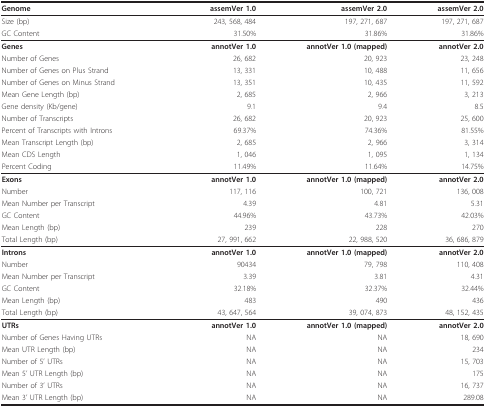
<table><thead><tr><td><b>Genome</b></td><td><b>assemVer 1.0</b></td><td><b>assemVer 2.0</b></td><td><b>assemVer 2.0</b></td></tr></thead><tbody><tr><td>Size (bp)</td><td>243, 568, 484</td><td>197, 271, 687</td><td>197, 271, 687</td></tr><tr><td>GC Content</td><td>31.50%</td><td>31.86%</td><td>31.86%</td></tr><tr><td><b>Genes</b></td><td><b>annotVer 1.0</b></td><td><b>annotVer 1.0 (mapped)</b></td><td><b>annotVer 2.0</b></td></tr><tr><td>Number of Genes</td><td>26, 682</td><td>20, 923</td><td>23, 248</td></tr><tr><td>Number of Genes on Plus Strand</td><td>13, 331</td><td>10, 488</td><td>11, 656</td></tr><tr><td>Number of Genes on Minus Strand</td><td>13, 351</td><td>10, 435</td><td>11, 592</td></tr><tr><td>Mean Gene Length (bp)</td><td>2, 685</td><td>2, 966</td><td>3, 213</td></tr><tr><td>Gene density (Kb/gene)</td><td>9.1</td><td>9.4</td><td>8.5</td></tr><tr><td>Number of Transcripts</td><td>26, 682</td><td>20, 923</td><td>25, 600</td></tr><tr><td>Percent of Transcripts with Introns</td><td>69.37%</td><td>74.36%</td><td>81.55%</td></tr><tr><td>Mean Transcript Length (bp)</td><td>2, 685</td><td>2, 966</td><td>3, 314</td></tr><tr><td>Mean CDS Length</td><td>1, 046</td><td>1, 095</td><td>1, 134</td></tr><tr><td>Percent Coding</td><td>11.49%</td><td>11.64%</td><td>14.75%</td></tr><tr><td><b>Exons</b></td><td><b>annotVer 1.0</b></td><td><b>annotVer 1.0 (mapped)</b></td><td><b>annotVer 2.0</b></td></tr><tr><td>Number</td><td>117, 116</td><td>100, 721</td><td>136, 008</td></tr><tr><td>Mean Number per Transcript</td><td>4.39</td><td>4.81</td><td>5.31</td></tr><tr><td>GC Content</td><td>44.96%</td><td>43.73%</td><td>42.03%</td></tr><tr><td>Mean Length (bp)</td><td>239</td><td>228</td><td>270</td></tr><tr><td>Total Length (bp)</td><td>27, 991, 662</td><td>22, 988, 520</td><td>36, 686, 879</td></tr><tr><td><b>Introns</b></td><td><b>annotVer 1.0</b></td><td><b>annotVer 1.0 (mapped)</b></td><td><b>annotVer 2.0</b></td></tr><tr><td>Number</td><td>90434</td><td>79, 798</td><td>110, 408</td></tr><tr><td>Mean Number per Transcript</td><td>3.39</td><td>3.81</td><td>4.31</td></tr><tr><td>GC Content</td><td>32.18%</td><td>32.37%</td><td>32.44%</td></tr><tr><td>Mean Length (bp)</td><td>483</td><td>490</td><td>436</td></tr><tr><td>Total Length (bp)</td><td>43, 647, 564</td><td>39, 074, 873</td><td>48, 152, 435</td></tr><tr><td><b>UTRs</b></td><td><b>annotVer 1.0</b></td><td><b>annotVer 1.0 (mapped)</b></td><td><b>annotVer 2.0</b></td></tr><tr><td>Number of Genes Having UTRs</td><td>NA</td><td>NA</td><td>18, 690</td></tr><tr><td>Mean UTR Length (bp)</td><td>NA</td><td>NA</td><td>234</td></tr><tr><td>Number of 5&#x27; UTRs</td><td>NA</td><td>NA</td><td>15, 703</td></tr><tr><td>Mean 5&#x27; UTR Length (bp)</td><td>NA</td><td>NA</td><td>175</td></tr><tr><td>Number of 3&#x27; UTRs</td><td>NA</td><td>NA</td><td>16, 737</td></tr><tr><td>Mean 3&#x27; UTR Length (bp)</td><td>NA</td><td>NA</td><td>289.08</td></tr></tbody></table>